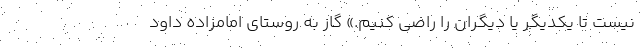
نیست تا یکدیگر یا دیگران را راضی کنیم.» گاز به روستای امامزاده داود